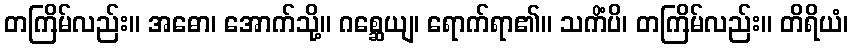
တကြိမ်လည်း။ အဓော၊ အောက်သို့။ ဂစ္ဆေယျ၊ ရောက်ရာ၏။ သကိံပိ၊ တကြိမ်လည်း။ တိရိယံ၊